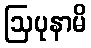
ဩပုနာမိ